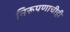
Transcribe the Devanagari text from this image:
निरूपणाचीही